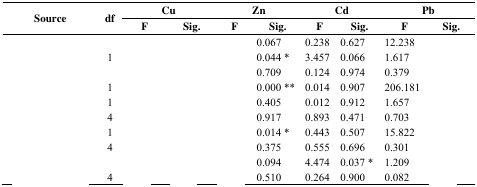
<table><thead><tr><td rowspan="2"><b>Source</b></td><td rowspan="2"><b>df</b></td><td colspan="2"><b>Cu</b></td><td colspan="2"><b>Zn</b></td><td colspan="2"><b>Cd</b></td><td colspan="2"><b>Pb</b></td></tr><tr><td><b>F</b></td><td><b>Sig.</b></td><td><b>F</b></td><td><b>Sig.</b></td><td><b>F</b></td><td><b>Sig.</b></td><td><b>F</b></td><td><b>Sig.</b></td></tr></thead><tbody><tr><td>[EMPTY_CELL]</td><td>[EMPTY_CELL]</td><td>[EMPTY_CELL]</td><td>[EMPTY_CELL]</td><td>[EMPTY_CELL]</td><td>0.067</td><td>0.238</td><td>0.627</td><td>12.238</td><td>[EMPTY_CELL]</td></tr><tr><td>[EMPTY_CELL]</td><td>1</td><td>[EMPTY_CELL]</td><td>[EMPTY_CELL]</td><td>[EMPTY_CELL]</td><td>0.044 *</td><td>3.457</td><td>0.066</td><td>1.617</td><td>[EMPTY_CELL]</td></tr><tr><td>[EMPTY_CELL]</td><td>[EMPTY_CELL]</td><td>[EMPTY_CELL]</td><td>[EMPTY_CELL]</td><td>[EMPTY_CELL]</td><td>0.709</td><td>0.124</td><td>0.974</td><td>0.379</td><td>[EMPTY_CELL]</td></tr><tr><td>[EMPTY_CELL]</td><td>1</td><td>[EMPTY_CELL]</td><td>[EMPTY_CELL]</td><td>[EMPTY_CELL]</td><td>0.000 **</td><td>0.014</td><td>0.907</td><td>206.181</td><td>[EMPTY_CELL]</td></tr><tr><td>[EMPTY_CELL]</td><td>1</td><td>[EMPTY_CELL]</td><td>[EMPTY_CELL]</td><td>[EMPTY_CELL]</td><td>0.405</td><td>0.012</td><td>0.912</td><td>1.657</td><td>[EMPTY_CELL]</td></tr><tr><td>[EMPTY_CELL]</td><td>4</td><td>[EMPTY_CELL]</td><td>[EMPTY_CELL]</td><td>[EMPTY_CELL]</td><td>0.917</td><td>0.893</td><td>0.471</td><td>0.703</td><td>[EMPTY_CELL]</td></tr><tr><td>[EMPTY_CELL]</td><td>1</td><td>[EMPTY_CELL]</td><td>[EMPTY_CELL]</td><td>[EMPTY_CELL]</td><td>0.014 *</td><td>0.443</td><td>0.507</td><td>15.822</td><td>[EMPTY_CELL]</td></tr><tr><td>[EMPTY_CELL]</td><td>4</td><td>[EMPTY_CELL]</td><td>[EMPTY_CELL]</td><td>[EMPTY_CELL]</td><td>0.375</td><td>0.555</td><td>0.696</td><td>0.301</td><td>[EMPTY_CELL]</td></tr><tr><td>[EMPTY_CELL]</td><td>[EMPTY_CELL]</td><td>[EMPTY_CELL]</td><td>[EMPTY_CELL]</td><td>[EMPTY_CELL]</td><td>0.094</td><td>4.474</td><td>0.037 *</td><td>1.209</td><td>[EMPTY_CELL]</td></tr><tr><td>[EMPTY_CELL]</td><td>4</td><td>[EMPTY_CELL]</td><td>[EMPTY_CELL]</td><td>[EMPTY_CELL]</td><td>0.510</td><td>0.264</td><td>0.900</td><td>0.082</td><td>[EMPTY_CELL]</td></tr></tbody></table>